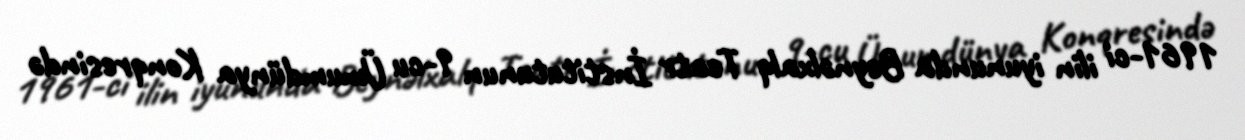
1961-ci ilin iyununda Beynəlxalq Teatr İnstitutunun 9-cu Ümumdünya Konqresində